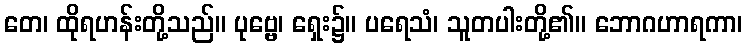
တေ၊ ထိုရဟန်းတို့သည်။ ပုဗ္ဗေ၊ ရှေး၌။ ပရေသံ၊ သူတပါးတို့၏။ ဘောဂဟာရကာ၊